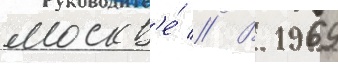
москв'е́ // В 1969